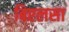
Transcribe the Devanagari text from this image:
बिएलसा